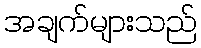
အချက်များသည်